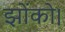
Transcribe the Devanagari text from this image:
झोंको।